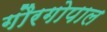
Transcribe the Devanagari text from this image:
गौरगोपाल